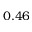
0 . 4 6